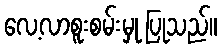
လေ့လာစူးစမ်းမှု ပြုသည်။